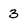
Character: 3